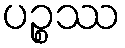
ပဉ္စဿ